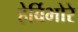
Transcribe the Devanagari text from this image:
हेर्बिभोरे